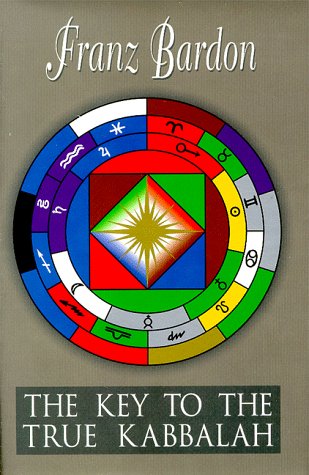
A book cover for The Key to the True Kabbalah; Franz Bardon; Self-Help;